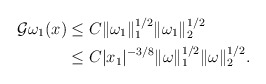
\begin{align*}\mathcal{G}\omega_{1}(x)&\le C\|\omega _{1}\|_{1 }^{1/2}\|\omega _{1}\|_{2 }^{1/2}\\&\le C|x_{1}|^{-3/8}\|\omega \|_{1 }^{1/2}\|\omega \|_{2 }^{1/2}.\\\end{align*}